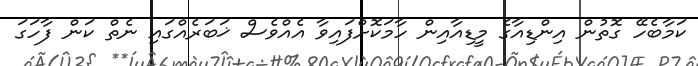
ކަމާބެހޭ ގޮތުން އިންޑިއާގެ މީޑިއާއިން ހާމަކޮށްފައިވާ އެއްވެސް ޚަބަރެއްގައި ނެތް ކަން ފާހަގަ